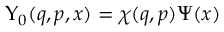
\Upsilon _ { 0 } ( q , p , x ) = \chi ( q , p ) \Psi ( x )